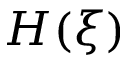
H ( \xi )